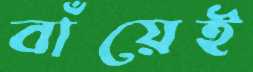
বাঁয়েই